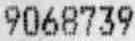
9068739